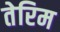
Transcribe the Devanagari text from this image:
तेरिम